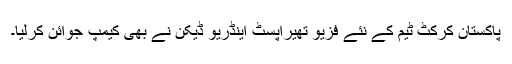
پاکستان کرکٹ ٹیم کے نئے فزیو تھیراپسٹ اینڈریو ڈیکن نے بھی کیمپ جوائن کرلیا۔